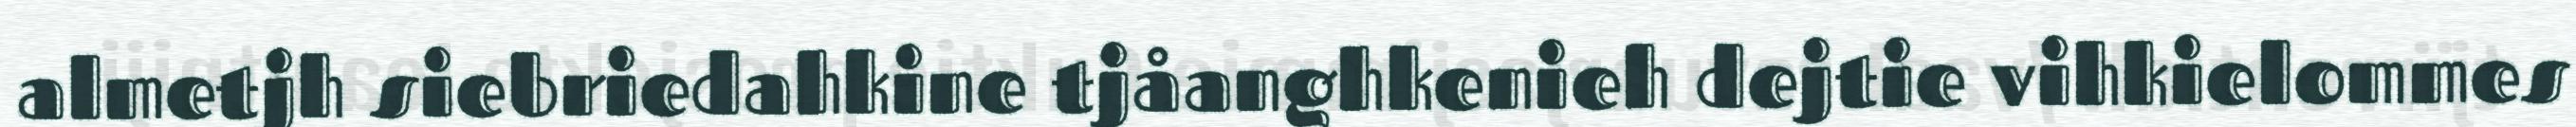
almetjh siebriedahkine tjåanghkenieh dejtie vihkielommes